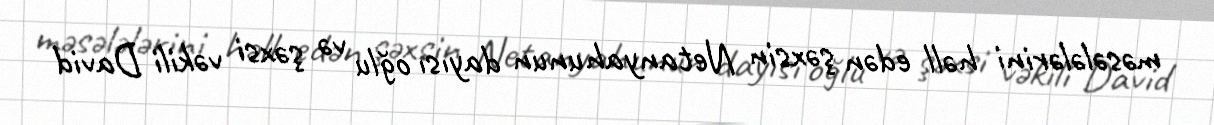
məsələlərini həll edən şəxsin Netanyahunun dayısı oğlu və şəxsi vəkili David